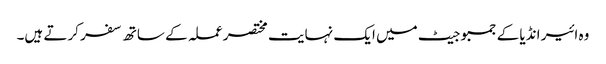
وہ ائیر انڈیا کے جمبو جیٹ میں ایک نہایت مختصر عملہ کے ساتھ سفر کرتے ہیں۔